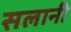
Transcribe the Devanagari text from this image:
सलानी